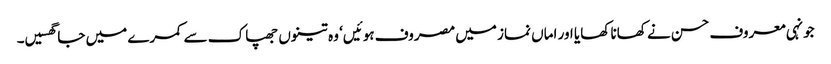
جونہی معروف حسن نے کھانا کھایا اور اماں نماز میں مصروف ہوئیں‘ وہ تینوں جھپاک سے کمرے میں جا گھسیں۔